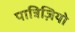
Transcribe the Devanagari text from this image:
पात्रिज़ियो